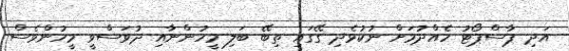
އަދި ޕާސްޕޯޓު ހެއްދުމަށް ނުކުޅެދި ގޭގައި ތިބޭ ބަލި މީހުންނާއި ދުވަސްވީ މީހުންވެސް